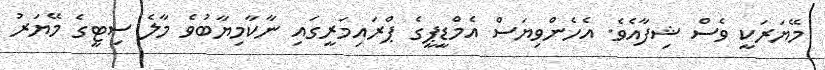
މޭޔަރަކީ ވެސް ޝިފާއެވެ. އެހެންވިޔަސް އެމްޑީޕީގެ ޕްރައިމަރީގައި ނާކާމިޔާބުވެ މާލެ ސިޓީގެ މޭޔަރު